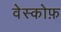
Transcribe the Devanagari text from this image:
वेस्कोफ़